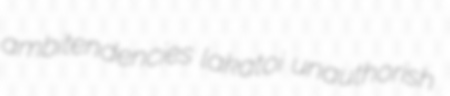
ambitendencies lakatoi unauthorish